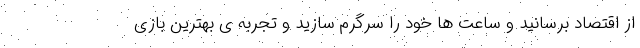
از اقتصاد برسانید و ساعت ها خود را سرگرم سازید و تجربه ی بهترین بازی